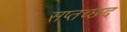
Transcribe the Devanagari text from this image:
सप्तच्छद